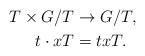
LaTeX: \begin{align*}T \times G/T &\to G/T,\\t \cdot xT &= txT.\end{align*}